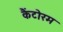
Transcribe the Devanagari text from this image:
कैंटोरम